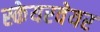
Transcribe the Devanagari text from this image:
स्केयरवेयर